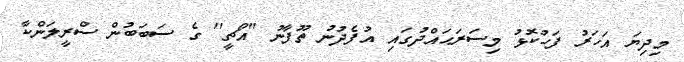
މިދިޔަ އަހަރު ފަހުކޮޅު މިސަރަޙައްދުގައި އުފެދުނު ތޫފާނު ''އޯޗީ'' ގެ ސަބަބުން ސްރީލަންކާ